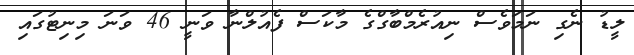
ލީޑު ނެގި ނަމަވެސް ނިއުރެމްބާގްގެ މާކަސް ފެއުލްނާ ވަނީ 46 ވަނަ މިނިޓުގައި